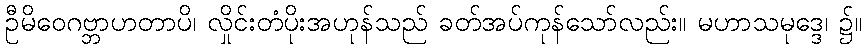
ဦမိဝေဂဗ္ဘာဟတာပိ၊ လှိုင်းတံပိုးအဟုန်သည် ခတ်အပ်ကုန်သော်လည်း။ မဟာသမုဒ္ဒေ၊ ၌။